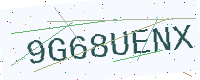
Text: 9G68UENX